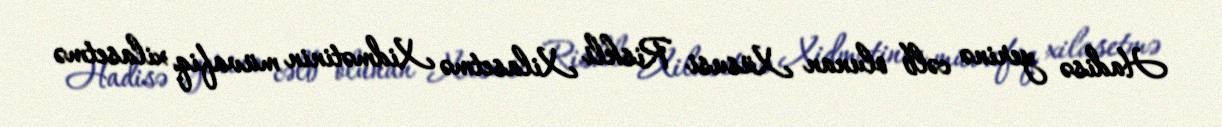
Hadisə yerinə cəlb olunan Xüsusi Riskli Xilasetmə Xidmətinin müvafiq xilasetmə